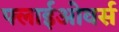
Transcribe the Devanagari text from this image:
फ्लाईओवर्स